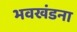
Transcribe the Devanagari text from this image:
भवखंडना